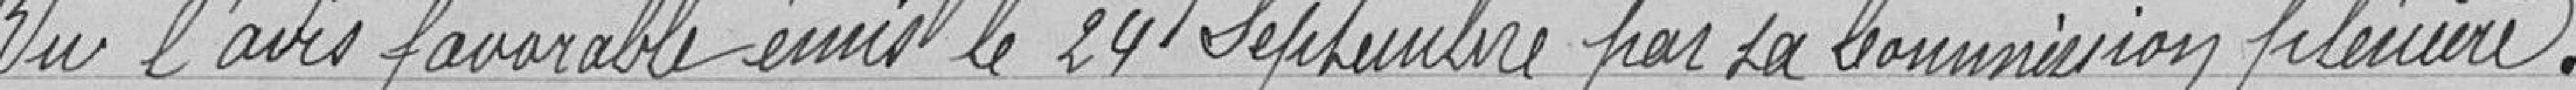
Vu l'avis favorable émis le 24 septembre par la Commission plénière.